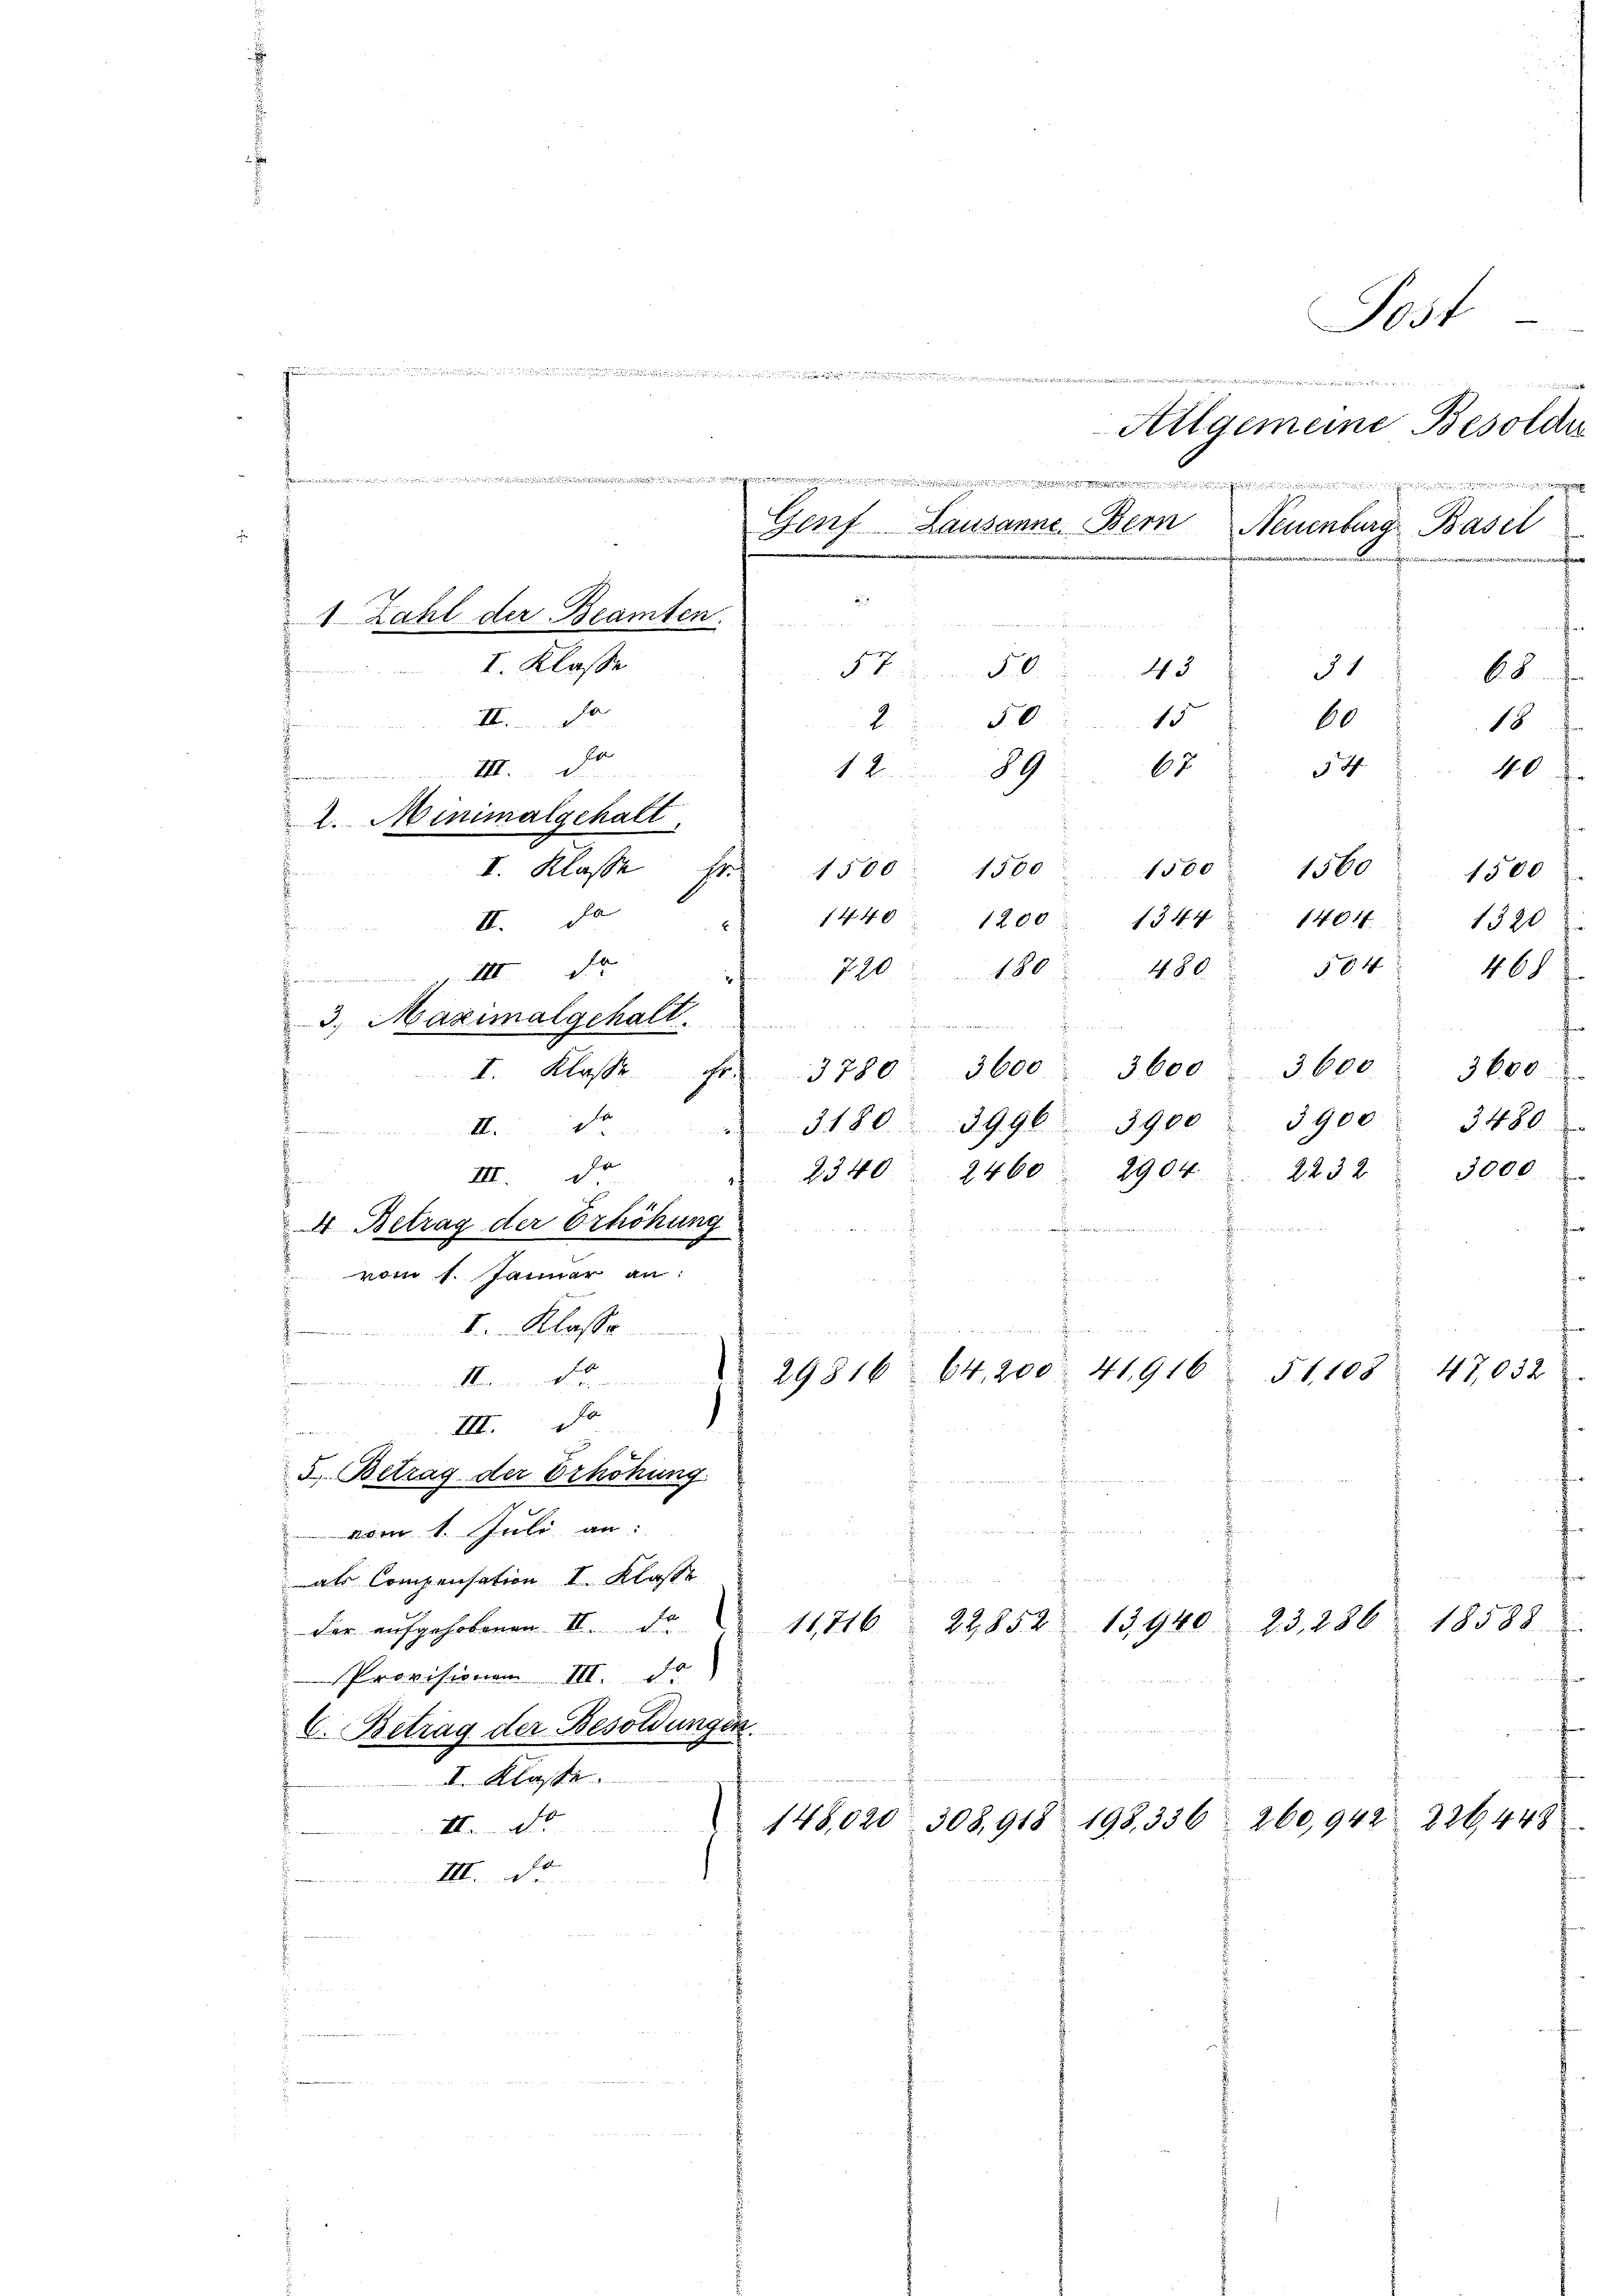
in der Forden, die der an die es seine einen eine

1 Zahl der Beamten.
B
II.
.
III. De
e
2. Minimalgehalt
I. Klasse Er

t
3. Maximal gehalt

I. Klasse

Genf Lausanne Bern Neuenburg Basel

57. 543
1
15
60
250
62
54
1289

fin in

e
Allgemeine Besoldu
f

f 44 x
1401.
1320
504
468
720180
I. Klasse Fr. 3780 3600 3600. 3600.
3600
3900.
3480.
3180 3996 3900
2904. 2232 3000
2340
2460

29816

i

II. Da
II.
III. De
.
4 Betrag der Erhöhung
vom 1. Januar an:
f
I. Klasse
.Mai ent
III. De
d
5. Betrag der Erhöhung
 vom 1. Juli an:
.
f
als Compensation I. Klasse
23, 286
22,852 13940.
11,716
der aufgehobenen II. de
Provisionen III. de
C. Betrag der Besoldungen.
n
I. Klasse
260,9.
148,020  308, 918 198, 336
II.

III.

1500 1500 1500 1560. 1500
1200
1344
480.
Hen eine wenn einen

wir nur in der

64,200. 41916

18588.

§1,108

Sost

47,032

68
18
40

22644

f